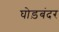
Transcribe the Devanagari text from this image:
घोड़बंदर